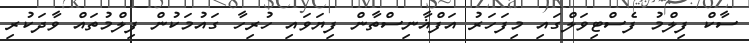
ސާކް ފިލްމު ފެސްޓިވަލްގައި މިފަހަރު އަފްޣާނިސްތާން ފިޔަވައި ހުރިހާ ގައުމަކުން ފިލްމުތައް ވާދަކުރި